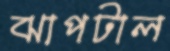
ঝাপটাল